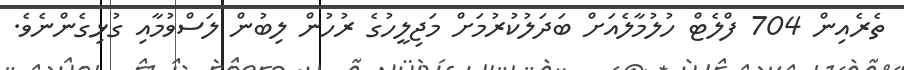
ތެރެެއިން 704 ފްލެޓް ހުލުމާލެއަށް ބަދަލުކުރުމަށް މަޖިލީހުގެ ރުހުން ލިބުން ލަސްވުމާއި ގުޅިގެންނެވެ.